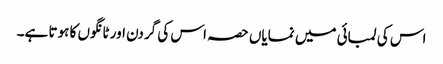
اس کی لمبائی میں نمایاں حصہ اس کی گردن اور ٹانگوں کا ہوتا ہے۔